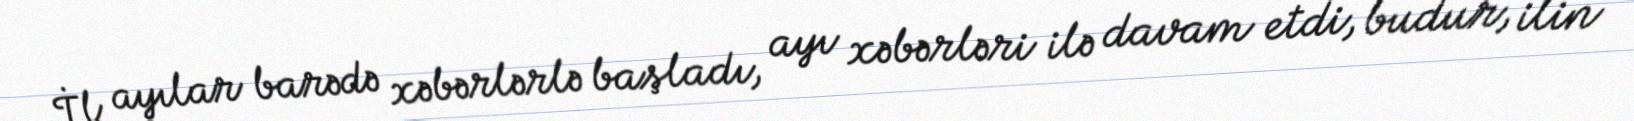
İl ayılar barədə xəbərlərlə başladı, ayı xəbərləri ilə davam etdi, budur, ilin